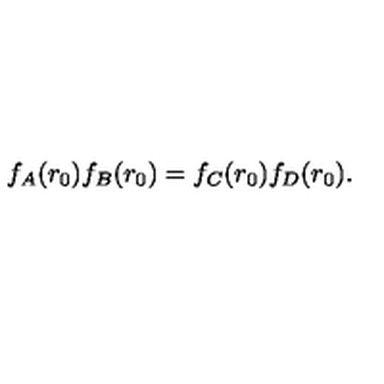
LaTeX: f _ { A } ( r _ { 0 } ) f _ { B } ( r _ { 0 } ) = f _ { C } ( r _ { 0 } ) f _ { D } ( r _ { 0 } ) .